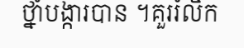
ថ្នាំបង្ការបាន ។គួររំលឹក